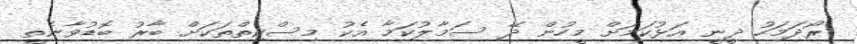
ރޯދަމަހު ދީނީ އަޅުކަމަށް މީހުން ދޭ ސަމާލުކަމާ އެކު މިސްކިތްތަކަށް ބާރު ބޮޑުވާނެތީ